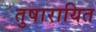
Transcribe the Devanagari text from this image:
तुषारायित